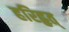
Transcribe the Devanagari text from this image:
हरिहृत्